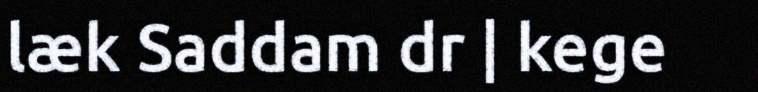
læk Saddam dr | kege